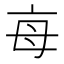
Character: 𣫭